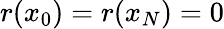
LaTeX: r(x_{0})=r(x_{N})=0